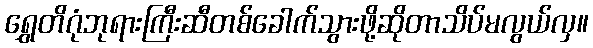
ရွှေတိဂုံဘုရားကြီးဆီတစ်ခေါက်သွားဖို့ဆိုတာသိပ်မလွယ်လှ။